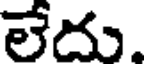
లేదు.